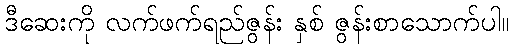
ဒီဆေးကို လက်ဖက်ရည်ဇွန်း နှစ် ဇွန်းစာသောက်ပါ။